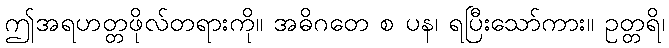
ဤအရဟတ္တဖိုလ်တရားကို။ အဓိဂတေ စ ပန၊ ရပြီးသော်ကား။ ဥတ္တရိ၊